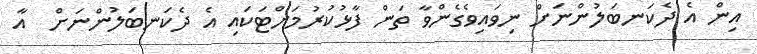
އިން އެ ދެކަނބަލުންނަށް ނިވައިވެގެންވާ ތަން ފާޅުކުރުމަށްޓަކައި އެ ދެކަނބަލުންނަށް  އާ